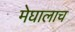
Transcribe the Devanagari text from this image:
मेघालाच